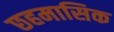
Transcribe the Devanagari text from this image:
छहमासिक